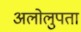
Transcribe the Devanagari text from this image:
अलोलुपता